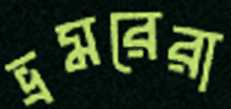
ভ্রমরেরা